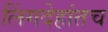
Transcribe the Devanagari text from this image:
लिंगदेहांतच